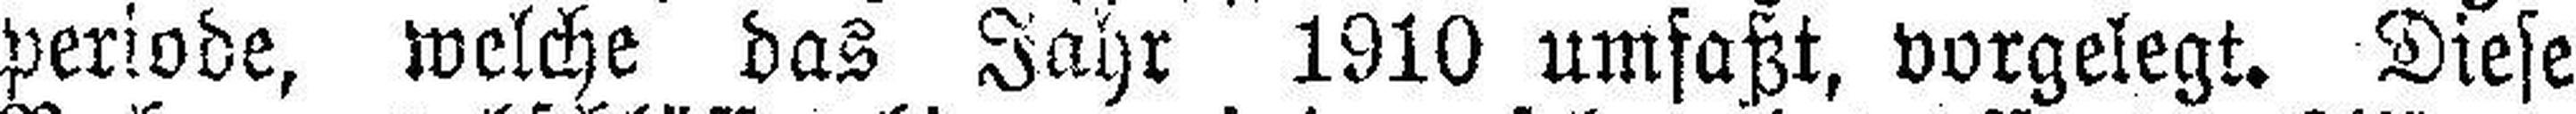
periode, welche das Jahr 1910 umfaßt, vorgelegt. Diese